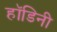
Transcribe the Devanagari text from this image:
हॉडिनी